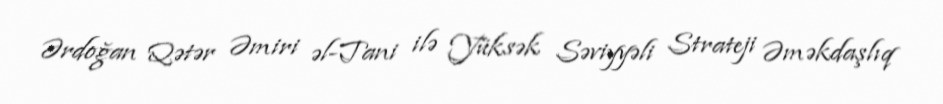
Ərdoğan Qətər Əmiri əl-Tani ilə Yüksək Səviyyəli Strateji Əməkdaşlıq